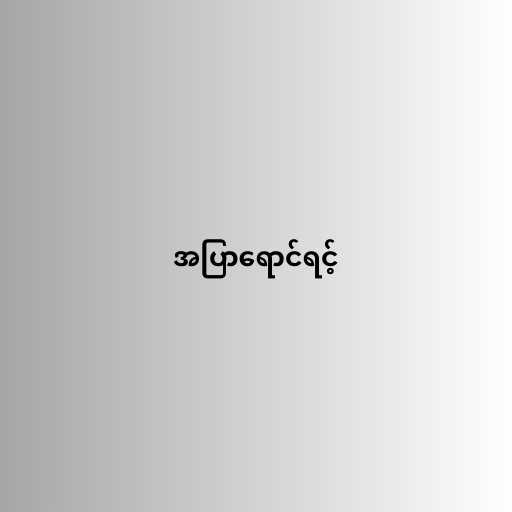
အပြာရောင်ရင့်